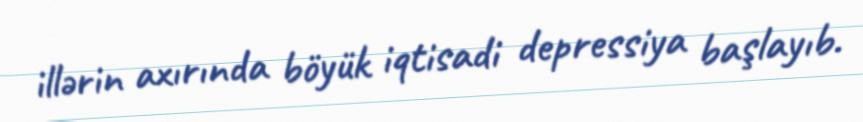
illərin axırında böyük iqtisadi depressiya başlayıb.